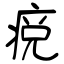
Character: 痥